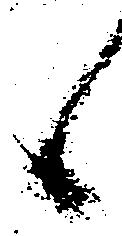
候